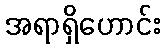
အရာရှိဟောင်း